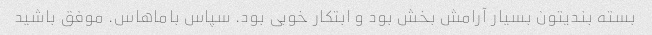
بسته بندیتون بسیار آرامش بخش بود و ابتکار خوبی بود. سپاس باماهاس. موفق باشید